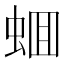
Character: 蜖